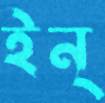
ইন্